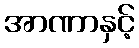
အာဏာနှင့်